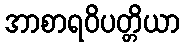
အာစာရဝိပတ္တိယာ